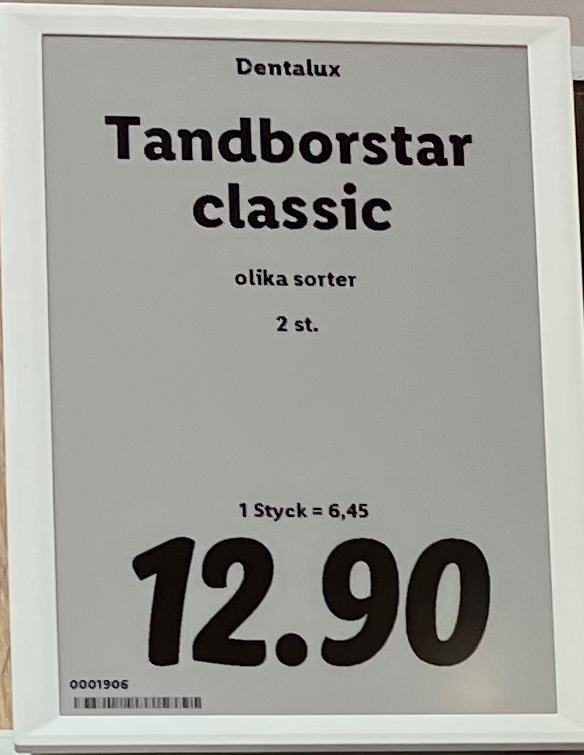
Vara: Tandborstar
Genomsnittspris: 6.45 per st